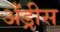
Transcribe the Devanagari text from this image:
अँड्रीस